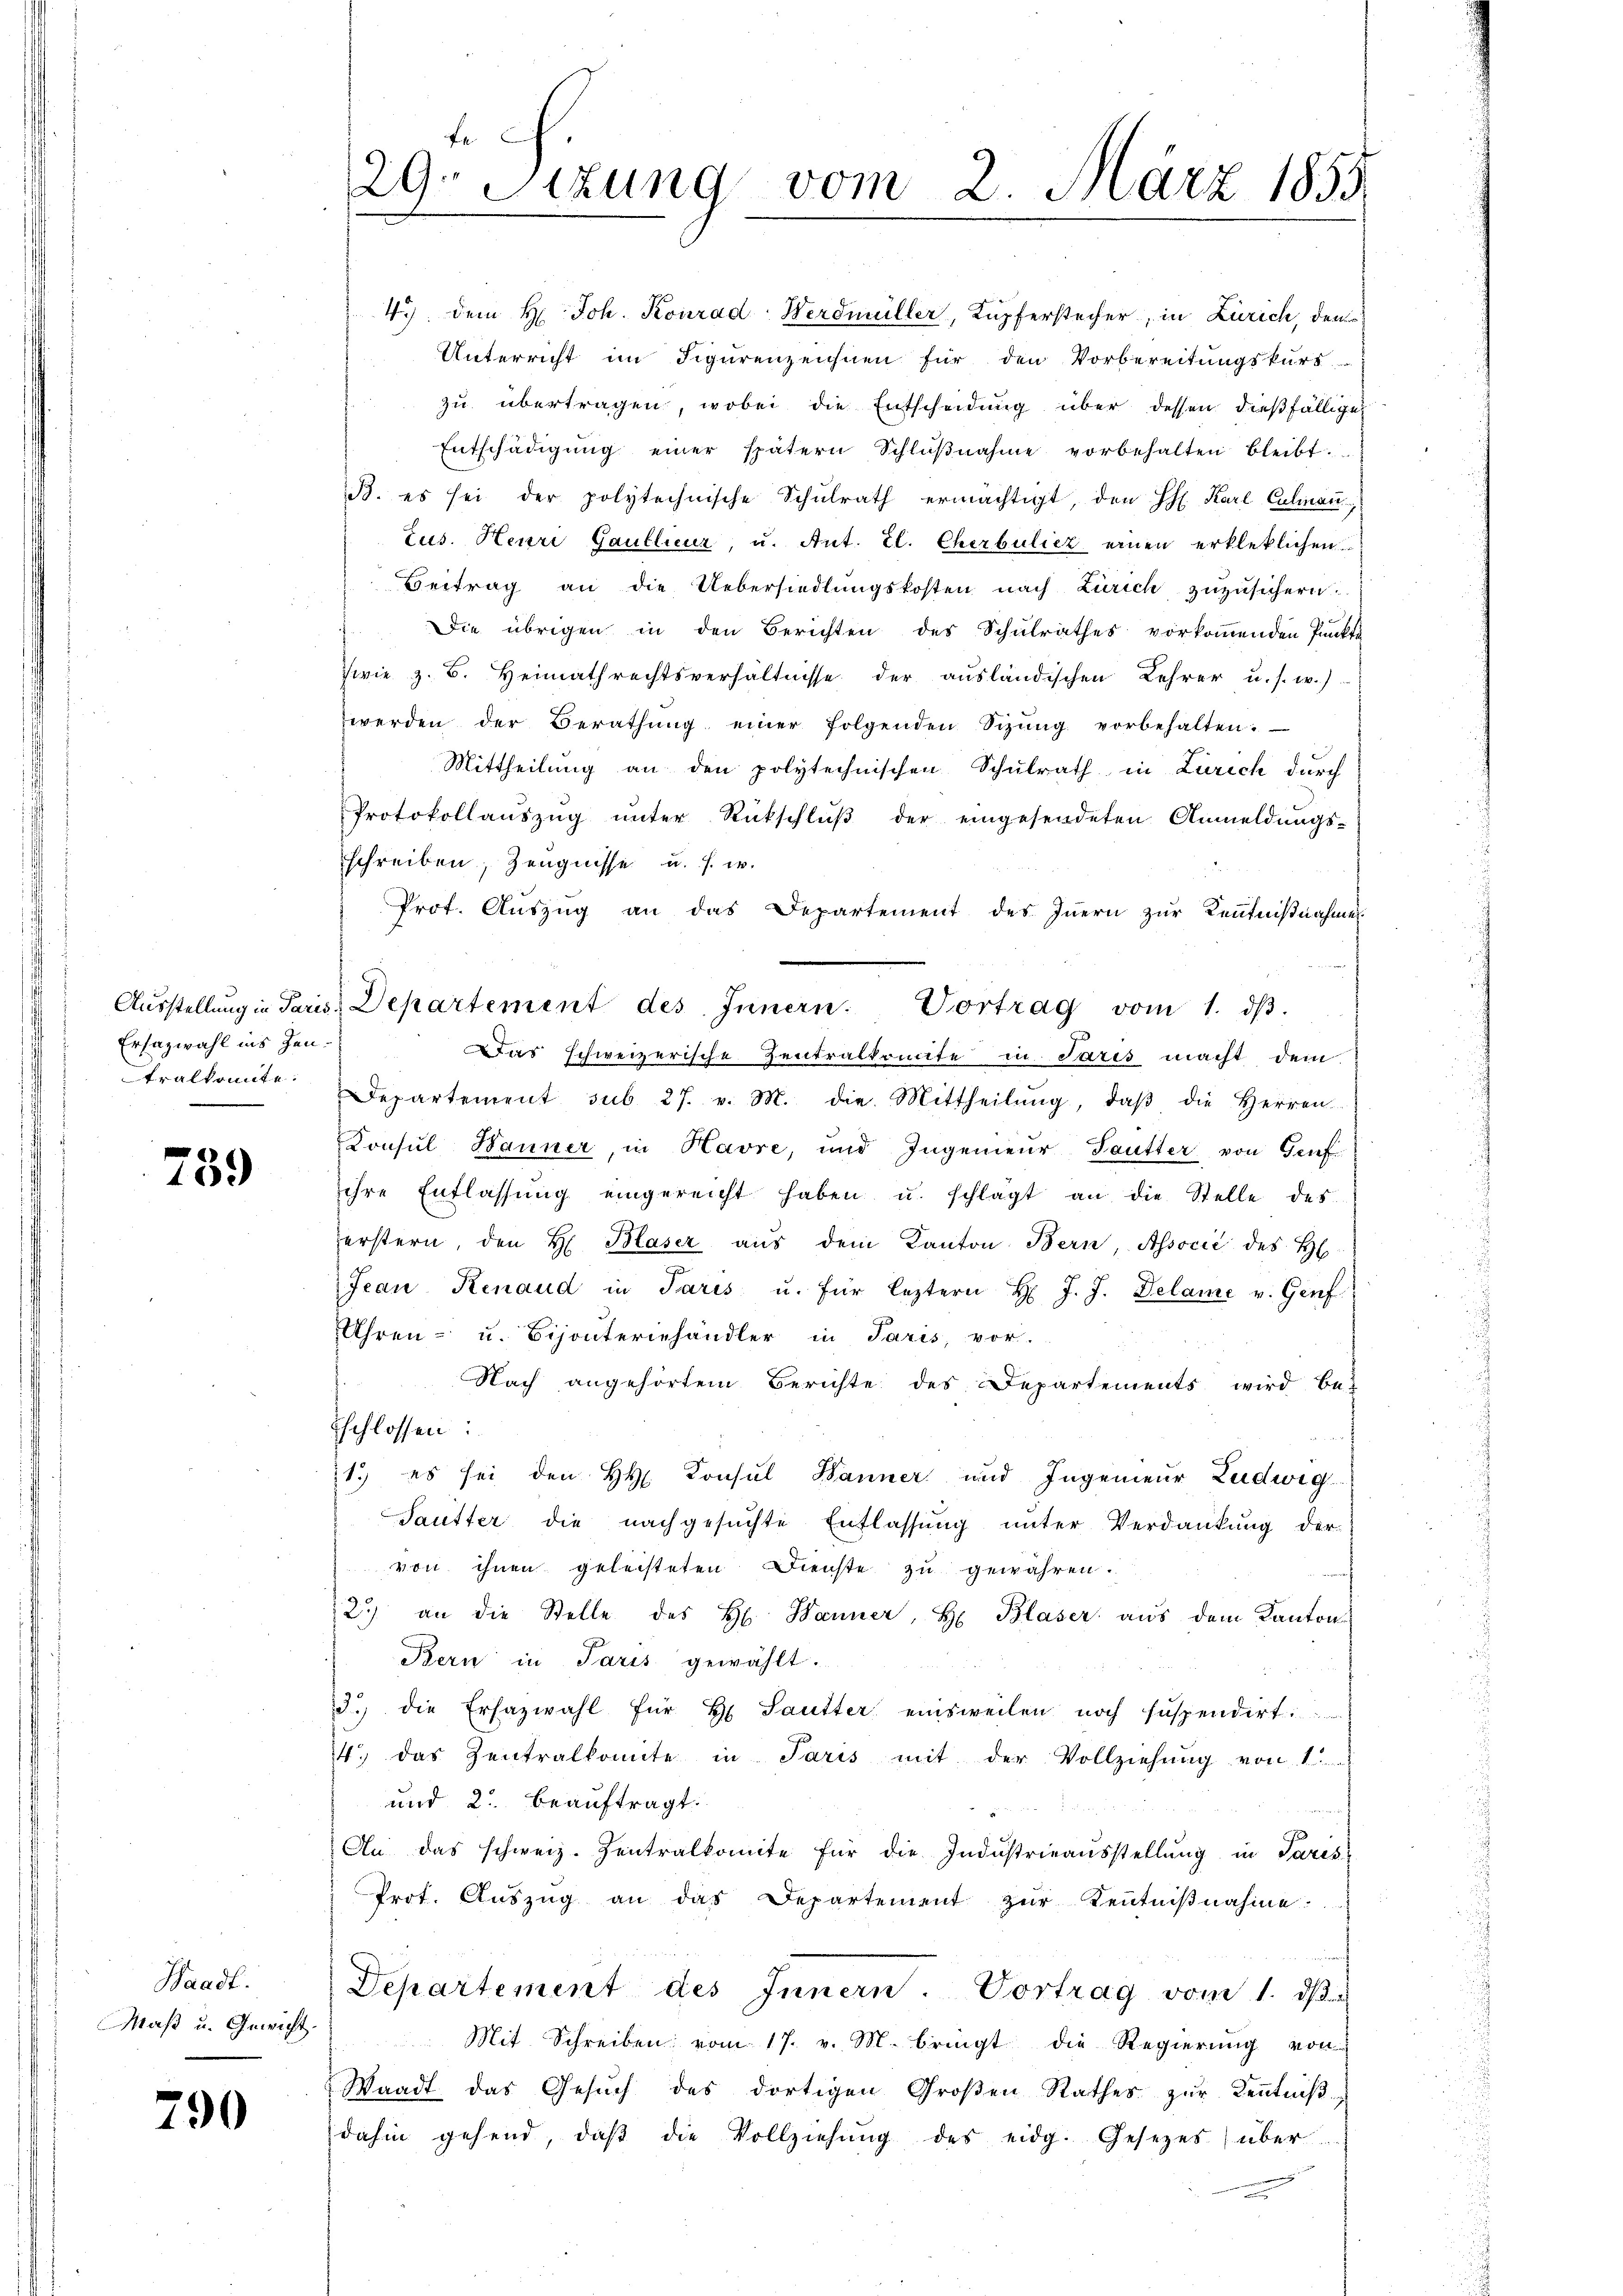
Ersazwahl ins Zeutralkonnte.

759

Waadt.
Maß u. Gewicht.

790

fe
29. Sitzung vom 2. März 1855

4.) Dem H. Joh. Konrad Werdmüller, Kupferstecher, in Zürich, den
Unterricht im Figurenzeichnen für den Vorbereitungskurs
zu übertragen, wobei die Entscheidung über dessen dießfälligen
Entschädigung einer spätern Schlŭβnahme vorbehalten bleibt.
B. es sei der polytechnische Schulrath ermächtigt, den H. Karl Culman
tus. Henri Gaullieur, u. Ant. Zl. Cherbuliez einen erkleklichen
Beitrag an die Uebersiedlungskosten nach Zürich zŭzŭsichern.
Die übrigen in den Berichten des Schulrathes vorkommenden Punkti
wie z. B. Heimathrechtsverhältnisse der ausländischen Lehrer u. s. w.)
werden der Berathŭng einer folgenden Sizŭng vorbehalten.
Mittheilung an den polytechnischen Schulrath in Zürich durch
Protokollaŭszŭg ŭnter Rückschlŭβ der eingesendeten Anmeldŭngs-
schreiben, Zeugnisse u. s. w.
Prot. Aŭszŭg an das Departement des Iṅern zŭr Kenntnißnahmes
Aŭsstellŭng in Paris Departement des Innern. Vortrag vom 1. dβ.
Das schweizerische Zentralkomite in Paris macht dem
Departement sub 27. v. M. die Mittheilŭng, daβ die Herren
Konsul Bauner, in Havre, und Ingenieur Sautter von Genf
ihre Entlassŭng eingereicht haben u. schlägt an die Stelle des
erstern, den H Blaser aŭs dem Kanton Bern, Associć des H
Jean Renaud in Paris u. für leztern H. J. J. Delame v. Genf
Uhren - u. Bijonteriehändler in Paris, vor-
Nach angehörtem Berichte des Departements wird be-
Eschlossen:
 B e
1.) es sei den HH. Konsul Hanner und Ingenieur Ludwig
Sautter die nachgesuchte Entlassung unter Verdankung der
von ihnen geleisteten Dienste zu gewähren.
2.) an die Stelle des H. Banner, H. Blaser aŭs dem Kantons
Bern in Paris gewählt.
d.) die Ersazwahl für H Sautter einsweilen noch suspendirt.
4.) das Zentralkomite in Paris mit der Vollziehung von 1
und 2. beauftragt.
 M.
An das schweiz. Zentralkomite für die Industrieausstellung in Pares-
Prot. Aŭszŭg an das Departement zŭr Kentniβnahme.
Departement des Innern. Vortrag vom 1. d.
Mit Schreiben vom 17. v. M. bringt die Regierŭng von
Waadt das Gesuch des dortigen Großen Rathes zur Kenntnißdahin gehend, daβ die Vollziehŭng des eidg. Gesetzes über
a